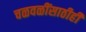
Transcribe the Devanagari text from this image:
चळवळींसाठीही